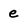
Character: e